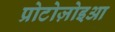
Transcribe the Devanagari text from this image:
प्रोटोज़ोइआ